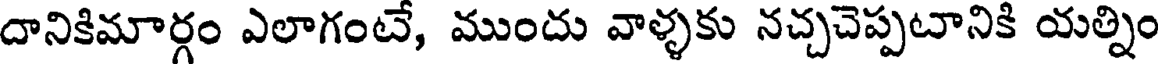
దానికిమార్గం ఎలాగంటే, ముందు వాళ్ళకు నచ్చచెప్పటానికి యత్నిం